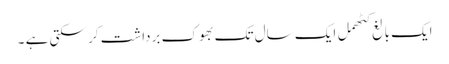
ایک بالغ کٹھمل ایک سال تک بھوک برداشت کر سکتی ہے ۔